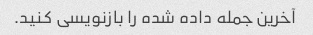
آخرین جمله داده شده را بازنویسی کنید.